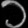
Digit: ၁